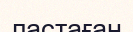
ластаған